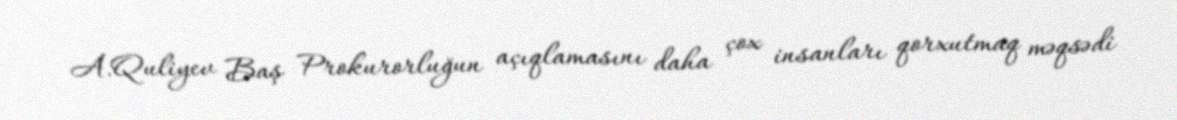
A.Quliyev Baş Prokurorluğun açıqlamasını daha çox insanları qorxutmaq məqsədi